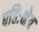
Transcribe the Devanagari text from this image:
बहिःक्षेत्र